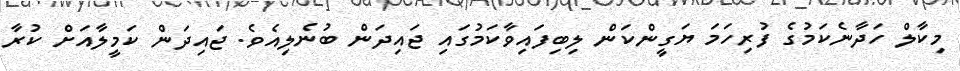
މިކާލް ހަދާނެކަމުގެ ފުރިހަމަ ޔަގީންކަން ލިބިފައިވާކަމުގައި ޖައިދަން ބުނެލިއެވެ. ޖައިދަން ކަމީލާއަށް ކުރާ